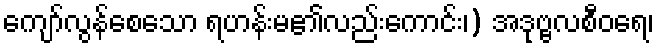
ကျော်လွန်စေသော ရဟန်းမ၏လည်းကောင်း၊) အဒုဗ္ဗလစီဝရေ၊